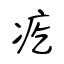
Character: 疙